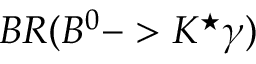
B R ( B ^ { 0 } - > K ^ { \star } \gamma )